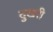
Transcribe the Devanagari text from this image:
दुखरी